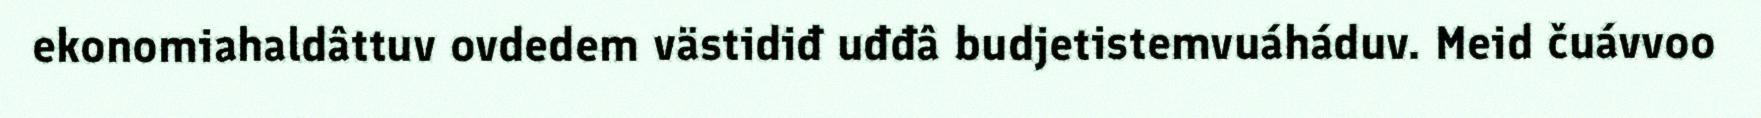
ekonomiahaldâttuv ovdedem västidiđ uđđâ budjetistemvuáháduv. Meid čuávvoo